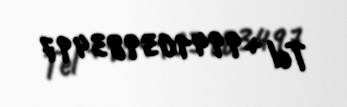
Tel +994103983497